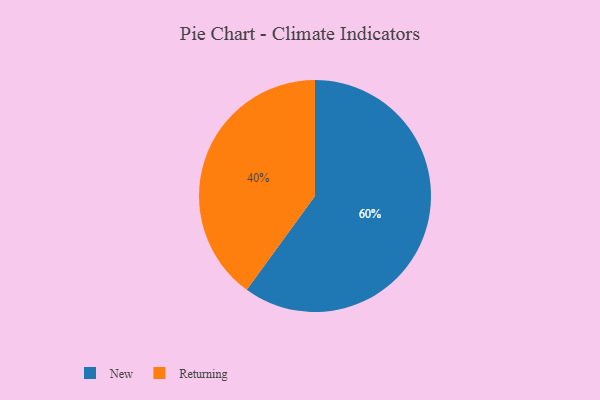
{"axis": {"x": "Category", "y": "Percentage"}, "legend": ["New", "Returning"], "data": [{"x": "New", "y": 60, "type": "New"}, {"x": "Returning", "y": 40, "type": "Returning"}]}